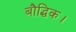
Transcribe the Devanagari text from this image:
बौद्धिक।